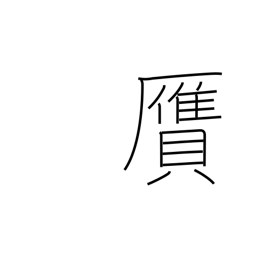
Meaning: forgery